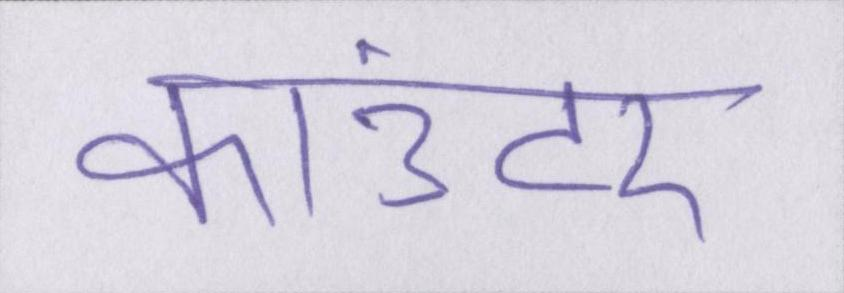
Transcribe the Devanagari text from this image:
काउंटर